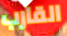
القارب